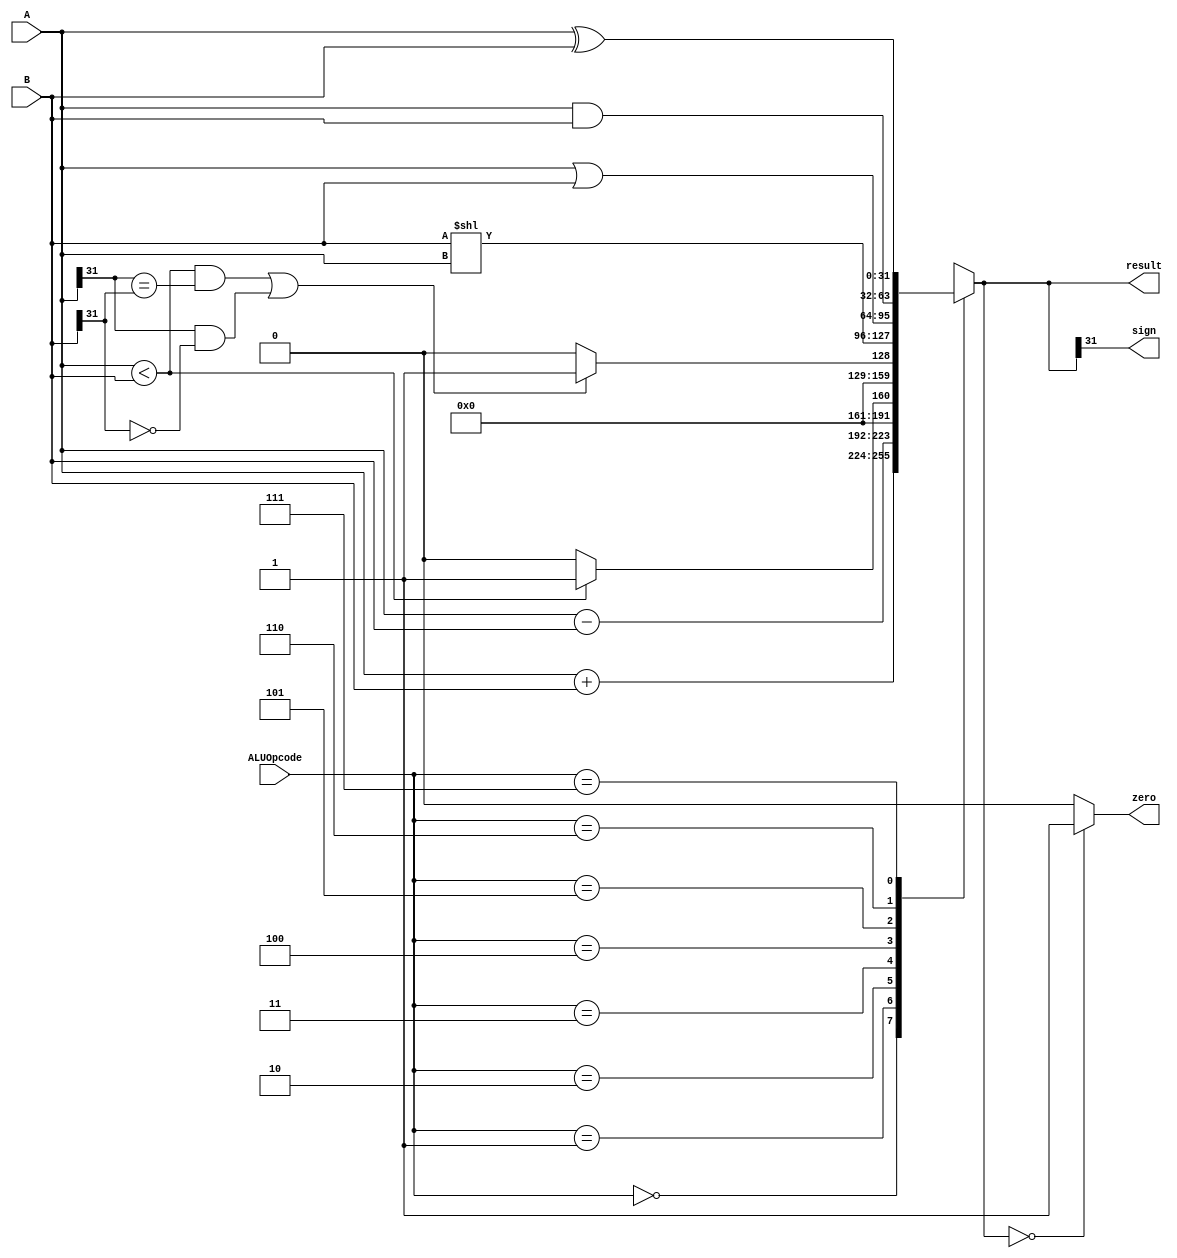
`timescale 1ns / 1ps

module ALU(
    input [2:0] ALUOpcode,
    input [31:0] A ,
    input [31:0] B ,
    output sign ,
    output zero ,
    output reg [31:0] result
    );
    
    initial result=0;
    
    always@(ALUOpcode or A or B) begin
        case(ALUOpcode)
            3'b000: result <= A + B;
            3'b001: result <= A - B;
            3'b010: result <= (A < B)?1:0;
            3'b011: result <= (((A<B) && (A[31] == B[31]))||((A[31] == 1 && B[31] == 0)))?1:0;
            3'b100: result <= B << A;
            3'b101: result <= A | B ;
            3'b110: result <= A & B ;
            3'b111: result <= A ^ B ;
        endcase
    end
        assign zero = ( result == 0 ) ? 1:0; 
        assign sign = result[31];
        
endmodule